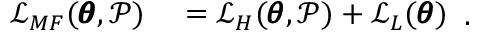
\begin{array} { r l } { \mathcal { L } _ { M F } ( \pmb { \theta } , \mathcal { P } ) } & { { } = \mathcal { L } _ { H } ( \pmb { \theta } , \mathcal { P } ) + \mathcal { L } _ { L } ( \pmb { \theta } ) } \end{array} .